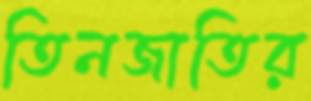
তিনজাতির